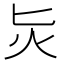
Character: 𭴁